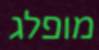
מופלג